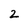
Character: 2